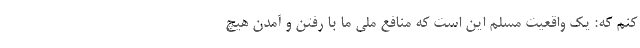
کنم که: یک واقعیت مسلم این است که منافع ملی ما با رفتن و آمدن هیچ